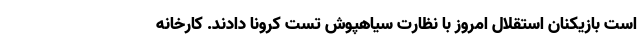
است بازیکنان استقلال امروز با نظارت سیاهپوش تست کرونا دادند. کارخانه